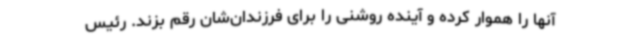
آنها را هموار کرده و آینده روشنی را برای فرزندان‌شان رقم بزند. رئیس